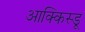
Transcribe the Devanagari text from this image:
आक्किस्डू